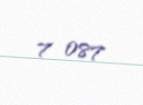
7 087